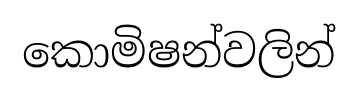
කොමිෂන්වලින්